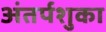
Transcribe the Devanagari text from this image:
अंतर्पशुका